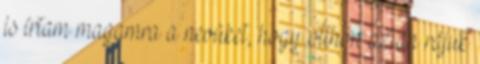
is írtam magamra a nevüket, hogy otthon aztán rájuk